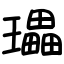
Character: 瓃